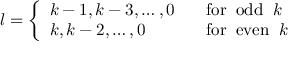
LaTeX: l = \left\{ \begin{array} { l l } { { k - 1 , k - 3 , \ldots , 0 } } & { { \; \; \; \mathrm { f o r \; \; o d d \; \; } k } } \\ { { k , k - 2 , \ldots , 0 } } & { { \; \; \; \mathrm { f o r \; \; e v e n \; \; } k } } \end{array} \right. \nonumber